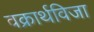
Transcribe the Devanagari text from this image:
वक्रार्थविजा